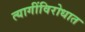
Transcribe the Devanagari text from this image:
त्यागींविरोधात